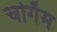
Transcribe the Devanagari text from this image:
चोगॅम